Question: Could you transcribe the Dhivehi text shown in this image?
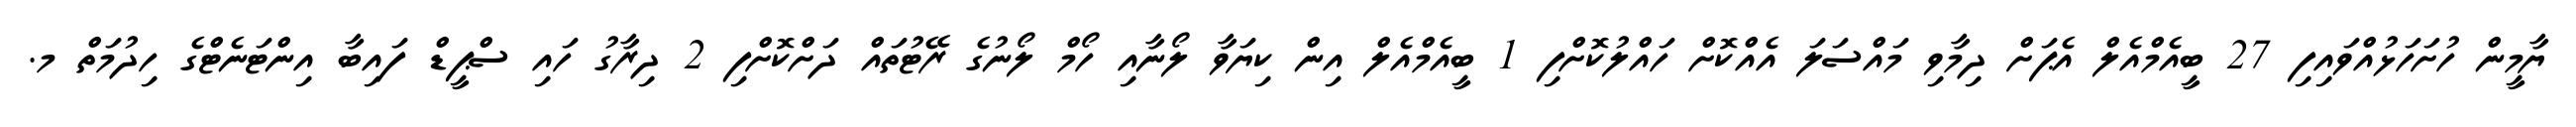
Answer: ޔާމީން ހުށަހަޅުއްވައިފި 27 ބީއެމްއެލް އެޕަށް ދިމާވި މައްސަލަ އެއްކޮށް ހައްލުކޮށްފި 1 ބީއެމްއެލް އިން ކިޔަވާ ލޯނާއި ހޯމް ލޯނުގެ ރޭޓުތައް ދަށްކޮށްފި 2 ދިރާގު ހައި ސްޕީޑް ފައިބާ އިންޓަނެޓްގެ ހިދުމަތް މ.